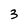
Character: 3